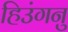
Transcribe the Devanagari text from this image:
हिउंगनु